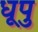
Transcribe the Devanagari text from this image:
धूपु